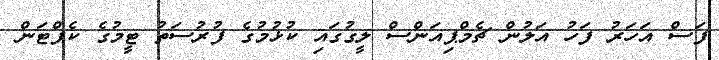
ފަސް އަހަރު ފަހު އަލުން ޗެމްޕިއަންސް ލީގުގައި ކުޅުމުގެ ފުރުސަތު ޓީމުގެ ކެޕްޓަން